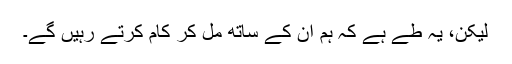
لیکن، یہ طے ہے کہ ہم اُن کے ساتھ مل کر کام کرتے رہیں گے۔